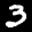
Label: 3